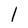
Character: 1